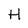
Character: H